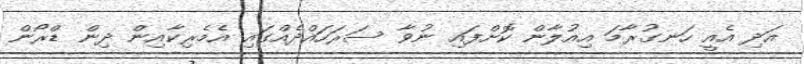
އަދި އެއީ ހަނގުރާމަ އިއުލާން ކޮށްފައި ނުވާ ސަރަހައްދެއްގައި އެމެރިކާއިން ދިން ޑްރޯން